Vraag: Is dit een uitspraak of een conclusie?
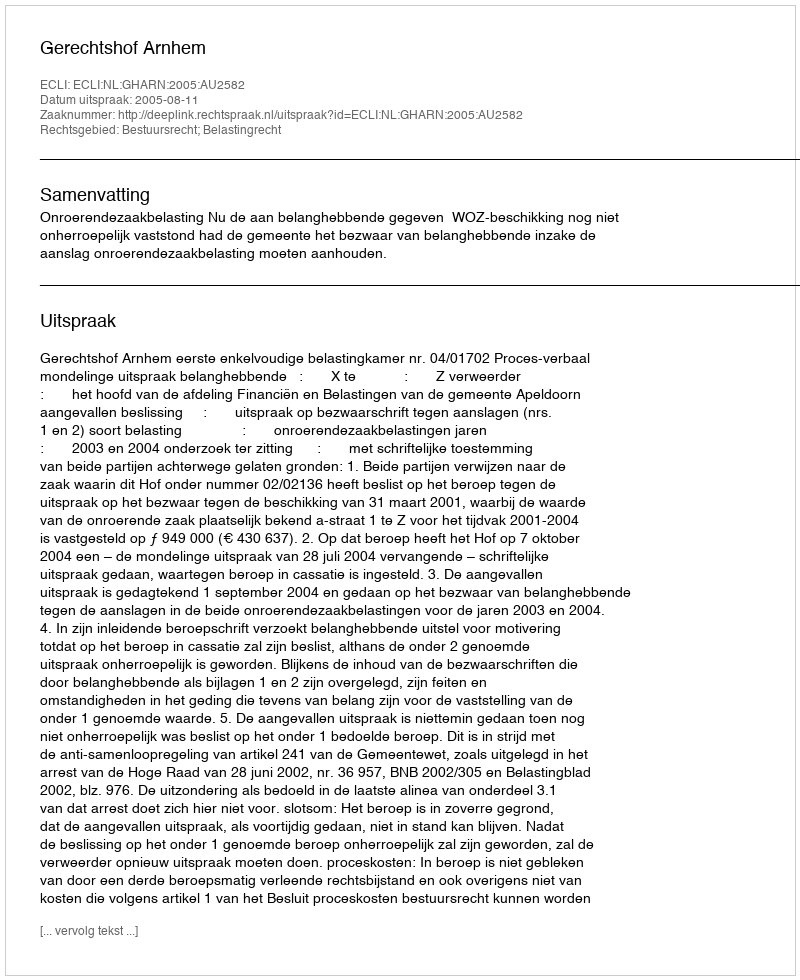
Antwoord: Uitspraak